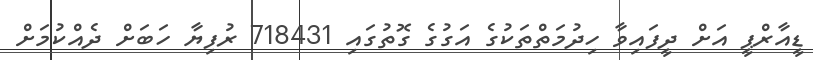
ޑީއާރްޕީ އަށް ދީފައިވާ ހިދުމަތްތަކުގެ އަގުގެ ގޮތުގައި 718431 ރުފިޔާ ހަބަށް ދެއްކުމަށް